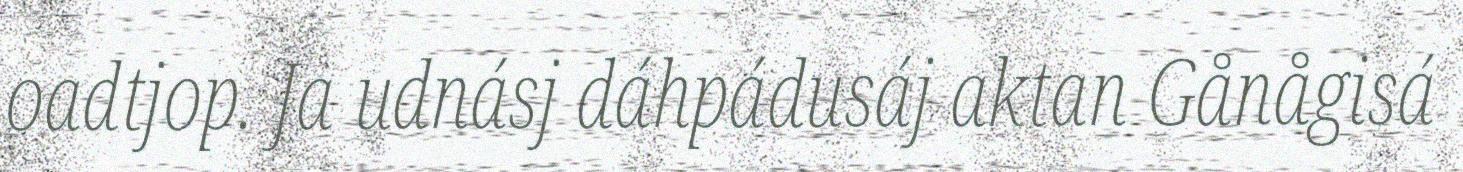
oadtjop. Ja udnásj dáhpádusáj aktan Gånågisá